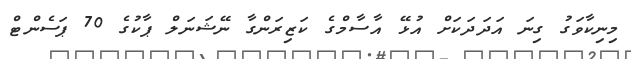
މިނިކާވަގު ގިނަ އަދަދަކަށް އުޅޭ އާސާމްގެ ކަޒިރަންގާ ނޭޝަނަލް ޕާކުގެ 70 ޕަސެންޓް